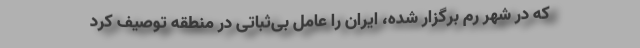
که در شهر رم برگزار شده، ایران را عامل بی‌ثباتی در منطقه توصیف کرد